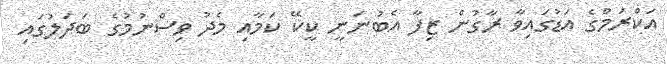
އަކްރަމްގެ އަޑުގައިވާ ރާގުން ޒިފާ އެބުނަނީ ކީކޭ ކަމާއި މެދު ވިސްނުމުގެ ބަދަލުގައި